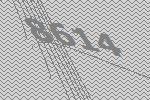
8614